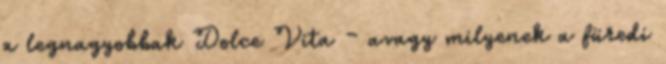
a legnagyobbak Dolce Vita – avagy milyenek a füredi